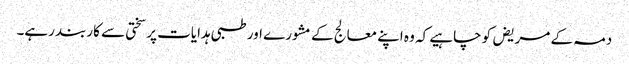
دمہ کے مریض کو چاہیے کہ وہ اپنے معالج کے مشورے اور طبی ہدایات پر سختی سے کاربند رہے۔